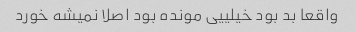
واقعا بد بود خیلییی مونده بود اصلا نمیشه خورد